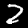
Label: 2